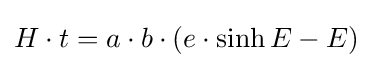
H\cdot t=a\cdot b\cdot (e\cdot \sinh E-E)